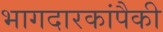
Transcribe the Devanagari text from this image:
भागदारकांपैकी